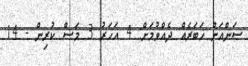
ސަންއަށް ޚަބަރެއް ދެއްވުމަށް: 4 އަހަރު 3 މަސް ކުރިން - 14